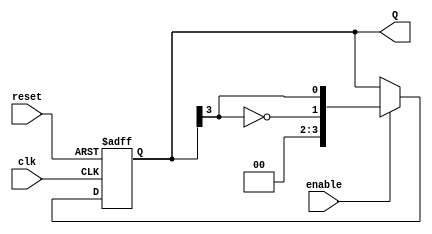
module johnson_counter #(
    parameter N = 4  // Number of flip-flops
)(
    input wire clk,       // Clock input
    input wire reset,     // Asynchronous reset
    input wire enable,    // Enable signal
    output reg [N-1:0] Q  // Output state
);

    // Johnson Counter Logic
    always @(posedge clk or posedge reset) begin
        if (reset) begin
            Q <= 0;  // Initialize to 0000 on reset
        end else if (enable) begin
            Q <= {~Q[N-1], Q[N-1:N-1]};  // Shift and feedback the inverted last flip-flop
        end
    end

endmodule